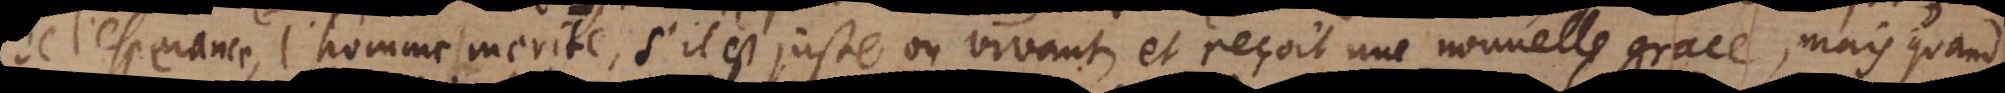
de l’esperance l’homme merite, s’il est juste ou vivant, et reçoit une nouvelle grace, mais quand